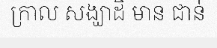
ក្រាល សង្ឃាដិ មាន ជាន់